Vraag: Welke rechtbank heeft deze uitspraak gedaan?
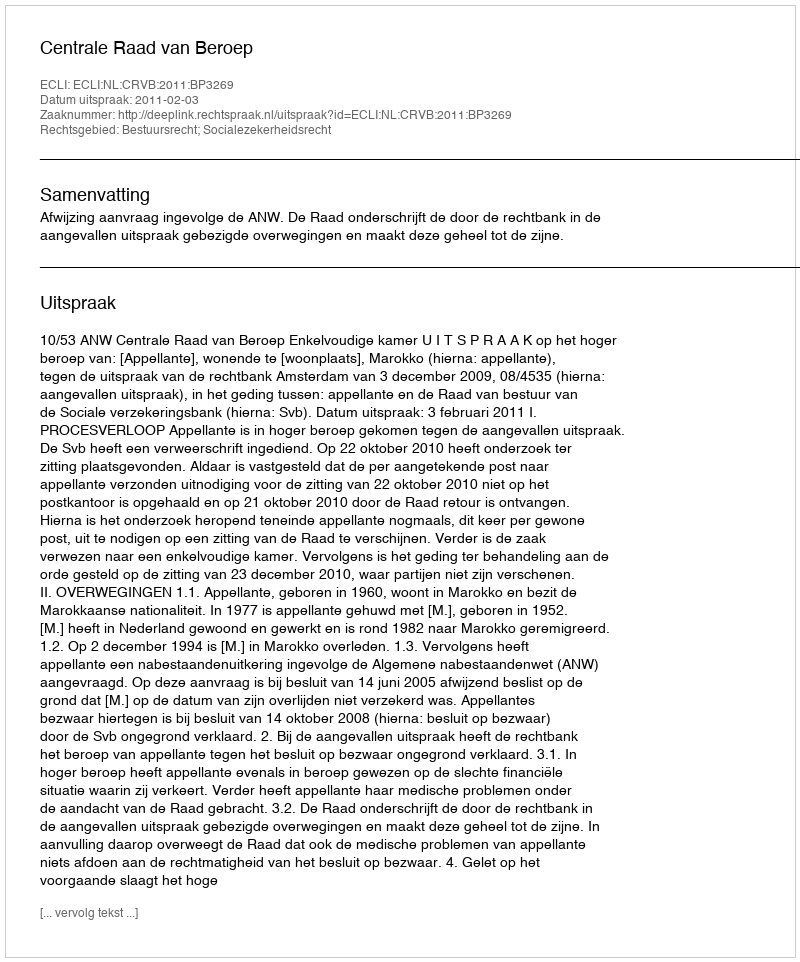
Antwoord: Centrale Raad van Beroep